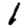
Digit: 1